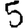
Digit: 5